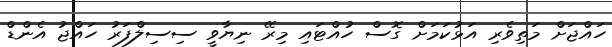
ހައްޖަށް މަތިވެރި އަޅުކަމަށް ގޮސް ހުއްޓައި މިރޭ ނިޔާވީ ސިސިލްފަރު ހައްޖު އެންޑް